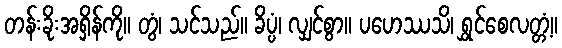
တန်းခိုးအရှိန်ကို။ တွံ၊ သင်သည်။ ခိပ္ပံ၊ လျှင်စွာ။ ပဟေဿသိ၊ ရွှင်စေလတ္တံ့။